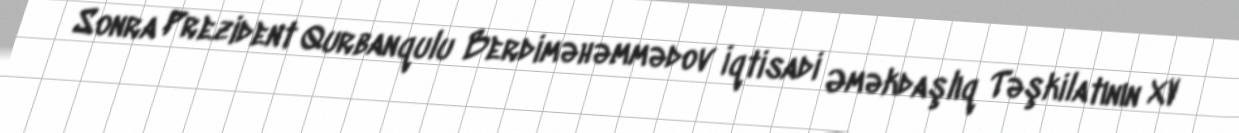
Sonra Prezident Qurbanqulu Berdiməhəmmədov İqtisadi Əməkdaşlıq Təşkilatının XV